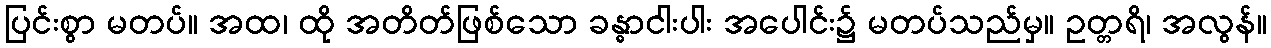
ပြင်းစွာ မတပ်။ အထ၊ ထို အတိတ်ဖြစ်သော ခန္ဓာငါးပါး အပေါင်း၌ မတပ်သည်မှ။ ဥတ္တရိ၊ အလွန်။